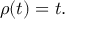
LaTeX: \rho ( t ) = t .